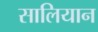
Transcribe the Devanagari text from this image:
सालियान